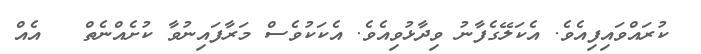
ކުރައްވައިފިއެވެ. އެކަލޭގެފާނު ވިދާޅުވިއެވެ. އެކަކުވެސް މަރާފައިނުވާ ކުށެއްނެތް   އެއް